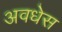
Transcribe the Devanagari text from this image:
अवधेस